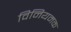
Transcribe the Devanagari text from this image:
विनियमक